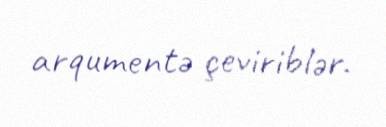
arqumentə çeviriblər.